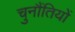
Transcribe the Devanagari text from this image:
चुनौंतियों